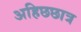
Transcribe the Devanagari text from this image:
अहिछछात्र